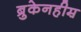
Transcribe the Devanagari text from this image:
ब्रुकेनहीम़